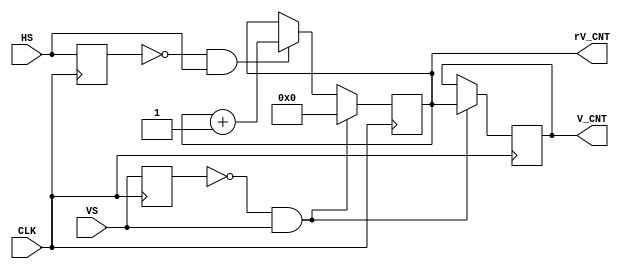
module V_COUNTER  (
input CLK , 
input HS , 
input VS , 
output reg [15:0]  V_CNT , 
output reg [15:0]  rV_CNT
);
reg rHS ; 
reg rVS ; 

always@(posedge CLK) begin 
 rHS <= HS ;
 rVS <= VS ;
      if ( !rVS & VS  ) {rV_CNT , V_CNT } <={ 16'h0 , rV_CNT } ;
 else if ( !rHS & HS  )  rV_CNT<= rV_CNT+1 ; 
end 

endmodule